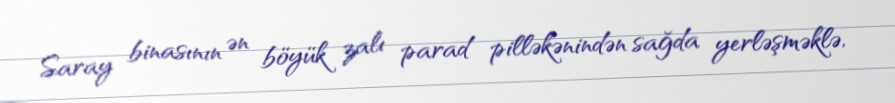
Saray binasının ən böyük zalı parad pilləkənindən sağda yerləşməklə,